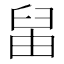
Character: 𦥪